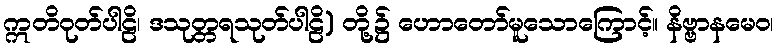
ဣတိဝုတ်ပါဠိ၊ ဒသုတ္တရသုတ်ပါဠိ) တို့၌ ဟောတော်မူသောကြောင့်။ နိဗ္ဗာနမေဝ၊